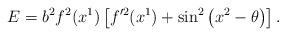
LaTeX: \begin{align*}E=b^2f^2(x^1)\left[ f'^2(x^1)+ \sin^{2}\left( x^2-\theta\right) \right].\end{align*}